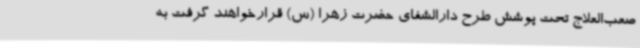
صعب‌العلاج تحت پوشش طرح دارالشفای حضرت زهرا (س) قرارخواهند گرفت به